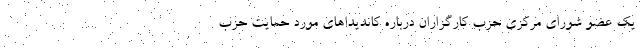
یک عضو شورای مرکزی حزب کارگزاران درباره کاندیداهای مورد حمایت حزب